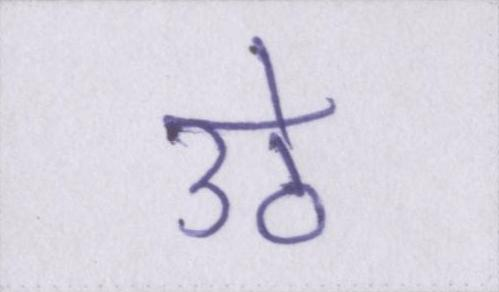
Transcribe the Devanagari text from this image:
उठे